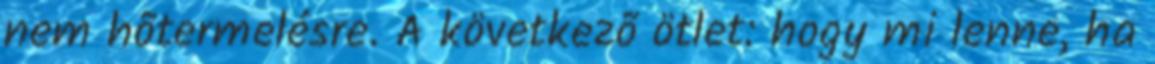
nem hõtermelésre. A következõ ötlet: hogy mi lenne, ha